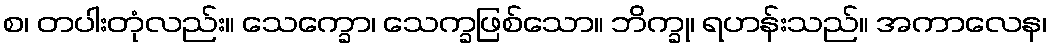
စ၊ တပါးတုံလည်း။ သေက္ခော၊ သေက္ခဖြစ်သော။ ဘိက္ခု၊ ရဟန်းသည်။ အကာလေန၊